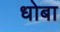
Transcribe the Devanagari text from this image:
धोबा